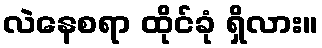
လဲနေစရာ ထိုင်ခုံ ရှိလား။